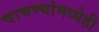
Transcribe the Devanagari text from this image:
चाचण्यांमध्येही